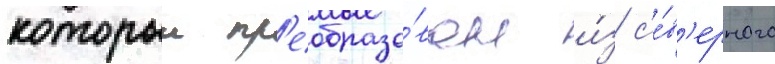
которыи пр'еобразо́ван и́з с'е́в'ерного